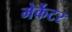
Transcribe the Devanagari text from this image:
मेर्केटर